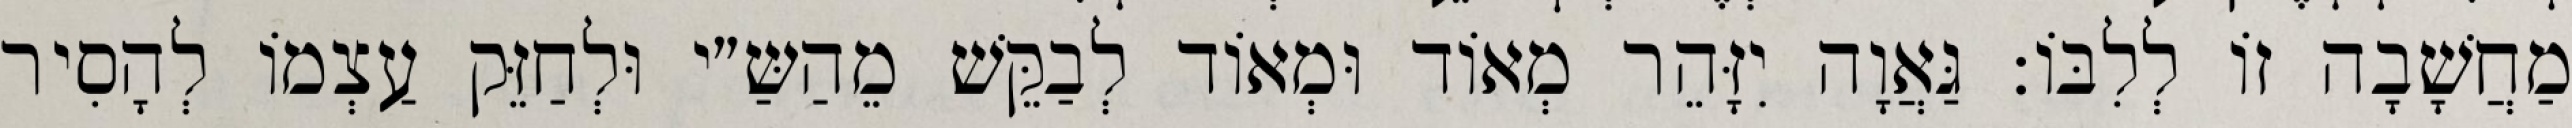
מַחֲשָׁבָה זוֹ לְלִבּוֹ: גַּאֲוָה יִזָּהֵר מְאוֹד וּמְאוֹד לְבַקֵּשׁ מֵהַשַּ״י וּלְחַזֵּק עַצְמוֹ לְהָסִיר